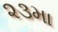
૨૩મા